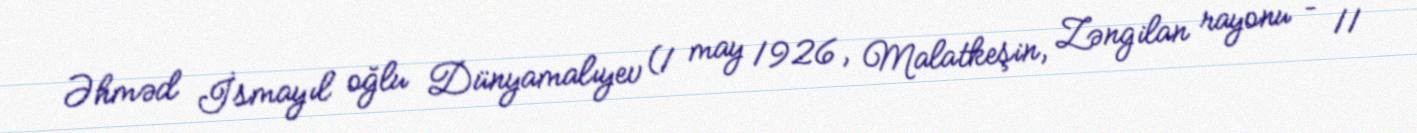
Əhməd İsmayıl oğlu Dünyamalıyev (1 may 1926, Malatkeşin, Zəngilan rayonu – 11